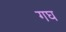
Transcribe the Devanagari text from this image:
गघ